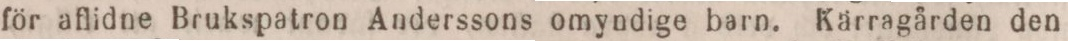
för aflidne Brukspatron Anderssons omyndige barn. Kärragården den